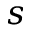
s